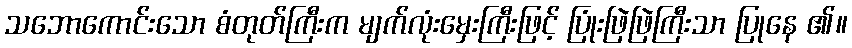
သဘောကောင်းသော စံတုတ်ကြီးက မျက်လုံးမှေးကြီးဖြင့် ပြုံးဖြဲဖြဲကြီးသာ ပြုနေ ၏။